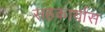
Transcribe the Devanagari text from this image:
सहकार्यास